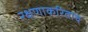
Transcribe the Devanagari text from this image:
रक्षणाकरिताच